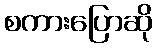
စကားပြောဆို